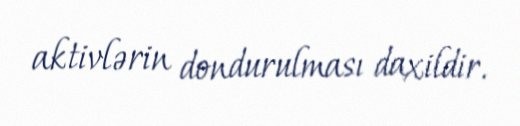
aktivlərin dondurulması daxildir.